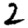
Digit: 2